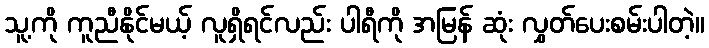
သူ့ကို ကူညီနိုင်မယ့် လူရှိရင်လည်း ပါရီကို အမြန် ဆုံး လွှတ်ပေးစမ်းပါတဲ့။